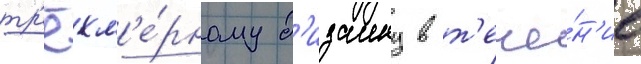
тр'ёхм'е́рному д'изаину в т'ече́н'ие